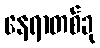
နေရာတစ်ခု